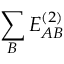
\sum _ { B } E _ { A B } ^ { ( 2 ) }